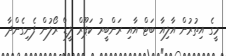
މީގެ އިތުރުން އާލިއާ ބަޓް އާއި ރަންބީރު ކަޕޫރް ލީޑް ރޯލުން ފެނިގެންދާ